Indian journal of veterinary science and animal husbandry - Volume 8,
Year: 1938
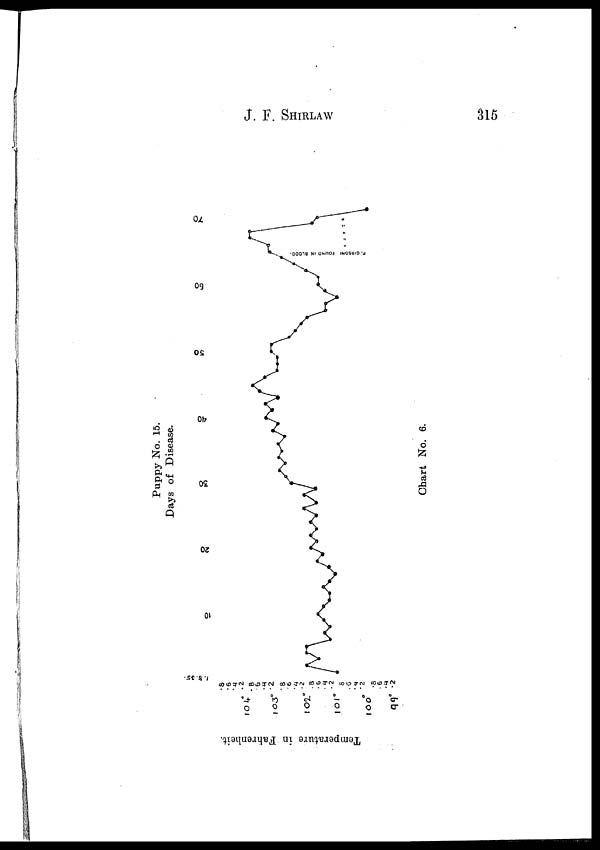
J. F.
SHIRLAW
315
Puppy No. 15.
Days of Disease.
Chart No. 6.
Temperature in Fahrenheit.